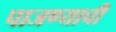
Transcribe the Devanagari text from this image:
पाजण्याची